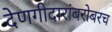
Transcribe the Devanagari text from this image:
देणगीदारांबरोबरच